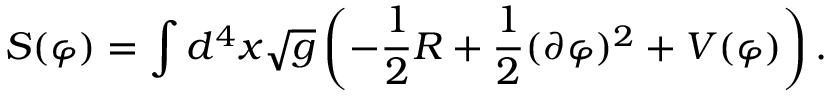
S ( \varphi ) = \int d ^ { 4 } x \sqrt { g } \left( - { \frac { 1 } { 2 } } R + { \frac { 1 } { 2 } } ( \partial \varphi ) ^ { 2 } + V ( \varphi ) \right) .